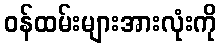
ဝန်ထမ်းများအားလုံးကို